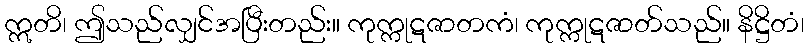
ဣတိ၊ ဤသည်လျှင်အပြီးတည်း။ ကုက္ကုဋဇာတကံ၊ ကုက္ကုဋဇာတ်သည်။ နိဋ္ဌိတံ၊